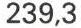
239,3